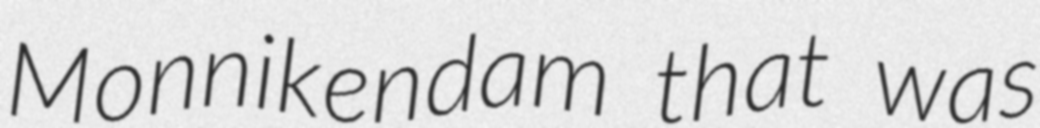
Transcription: Monnikendam that was